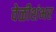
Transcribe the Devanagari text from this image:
वेळीशंभर